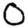
Digit: 0